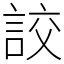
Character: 詨